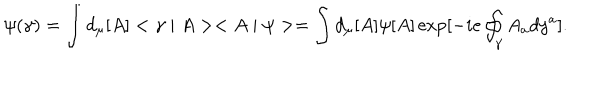
LaTeX: \psi ( \gamma ) = \int d _ { \mu } [ A ] < \gamma \mid A > < A \mid \psi > = \int d _ { \mu } [ A ] \psi [ A ] \exp [ - i e \oint _ { \gamma } A _ { a } d y ^ { a } ] .